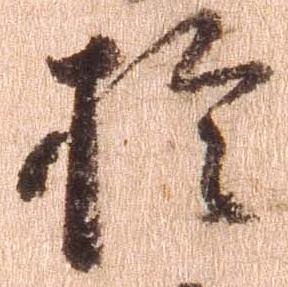
於